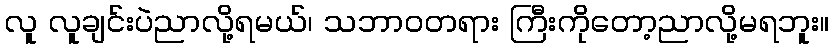
လူ လူချင်းပဲညာလို့ရမယ်၊ သဘာဝတရား ကြီးကိုတော့ညာလို့မရဘူး။